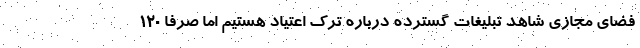
فضای مجازی شاهد تبلیغات گسترده درباره ترک اعتیاد هستیم اما صرفا 120